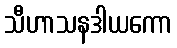
သီဟာသနဒါယကော